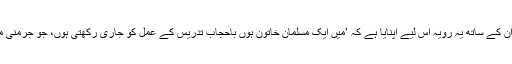
مسلم خاتون کا کہنا تھا کہ محمکہ تعلیم نے ان کے ساتھ یہ رویہ اس لیے اپنایا ہے کہ ’میں ایک مسلمان خاتون ہوں باحجاب تدریس کے عمل کو جاری رکھتی ہوں، جو جرمنی میں مذہبی آزادی کے قوانین کے مطابق ہے۔